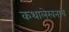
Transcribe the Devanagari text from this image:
कथालेखनाचे